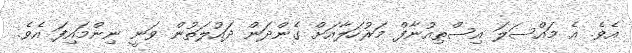
އެވެ. އެ މައްސަލަ އިސްތިއުނާފް މަރުހަލާއަށް ގެންދަން ދައުލަތުން ވަނީ ނިންމައިފަ އެވެ.